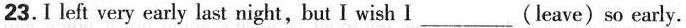
23.I left very early last night, but I wish I ___ (leave) so early.